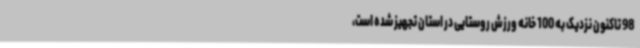
98 تاکنون نزدیک به 100 خانه ورزش روستایی در استان تجهیز شده است،